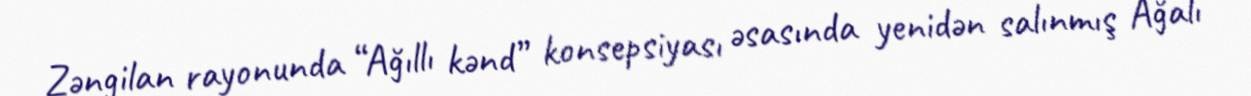
Zəngilan rayonunda “Ağıllı kənd” konsepsiyası əsasında yenidən salınmış Ağalı